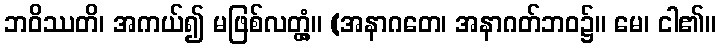
ဘဝိဿတိ၊ အကယ်၍ မဖြစ်လတ္တံ့။ (အနာဂတေ၊ အနာဂတ်ဘဝ၌။ မေ၊ ငါ၏။